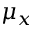
\mu _ { x }